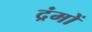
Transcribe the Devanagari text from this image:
द्रंमों